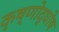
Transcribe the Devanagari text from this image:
कृष्णोद्घोष